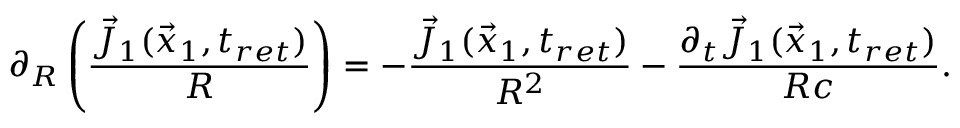
\partial _ { R } \left( \frac { \vec { J } _ { 1 } ( \vec { x } _ { 1 } , t _ { r e t } ) } { R } \right) = - \frac { \vec { J } _ { 1 } ( \vec { x } _ { 1 } , t _ { r e t } ) } { R ^ { 2 } } - \frac { \partial _ { t } \vec { J } _ { 1 } ( \vec { x } _ { 1 } , t _ { r e t } ) } { R c } .